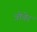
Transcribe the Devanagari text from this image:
त्रोवेर